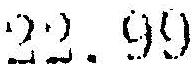
22.99